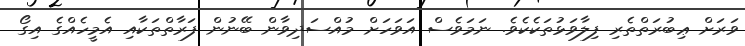
ވަރަށް ޢިބުރަތްތެރި ފިލާވަޅުތަކެކެވެ. ނަމަވެސް އަވަހަށް މުއްސަދިވާން ބޭނުން ފަރާތްތަކާއި އެމީހެއްގެ އިގޯ